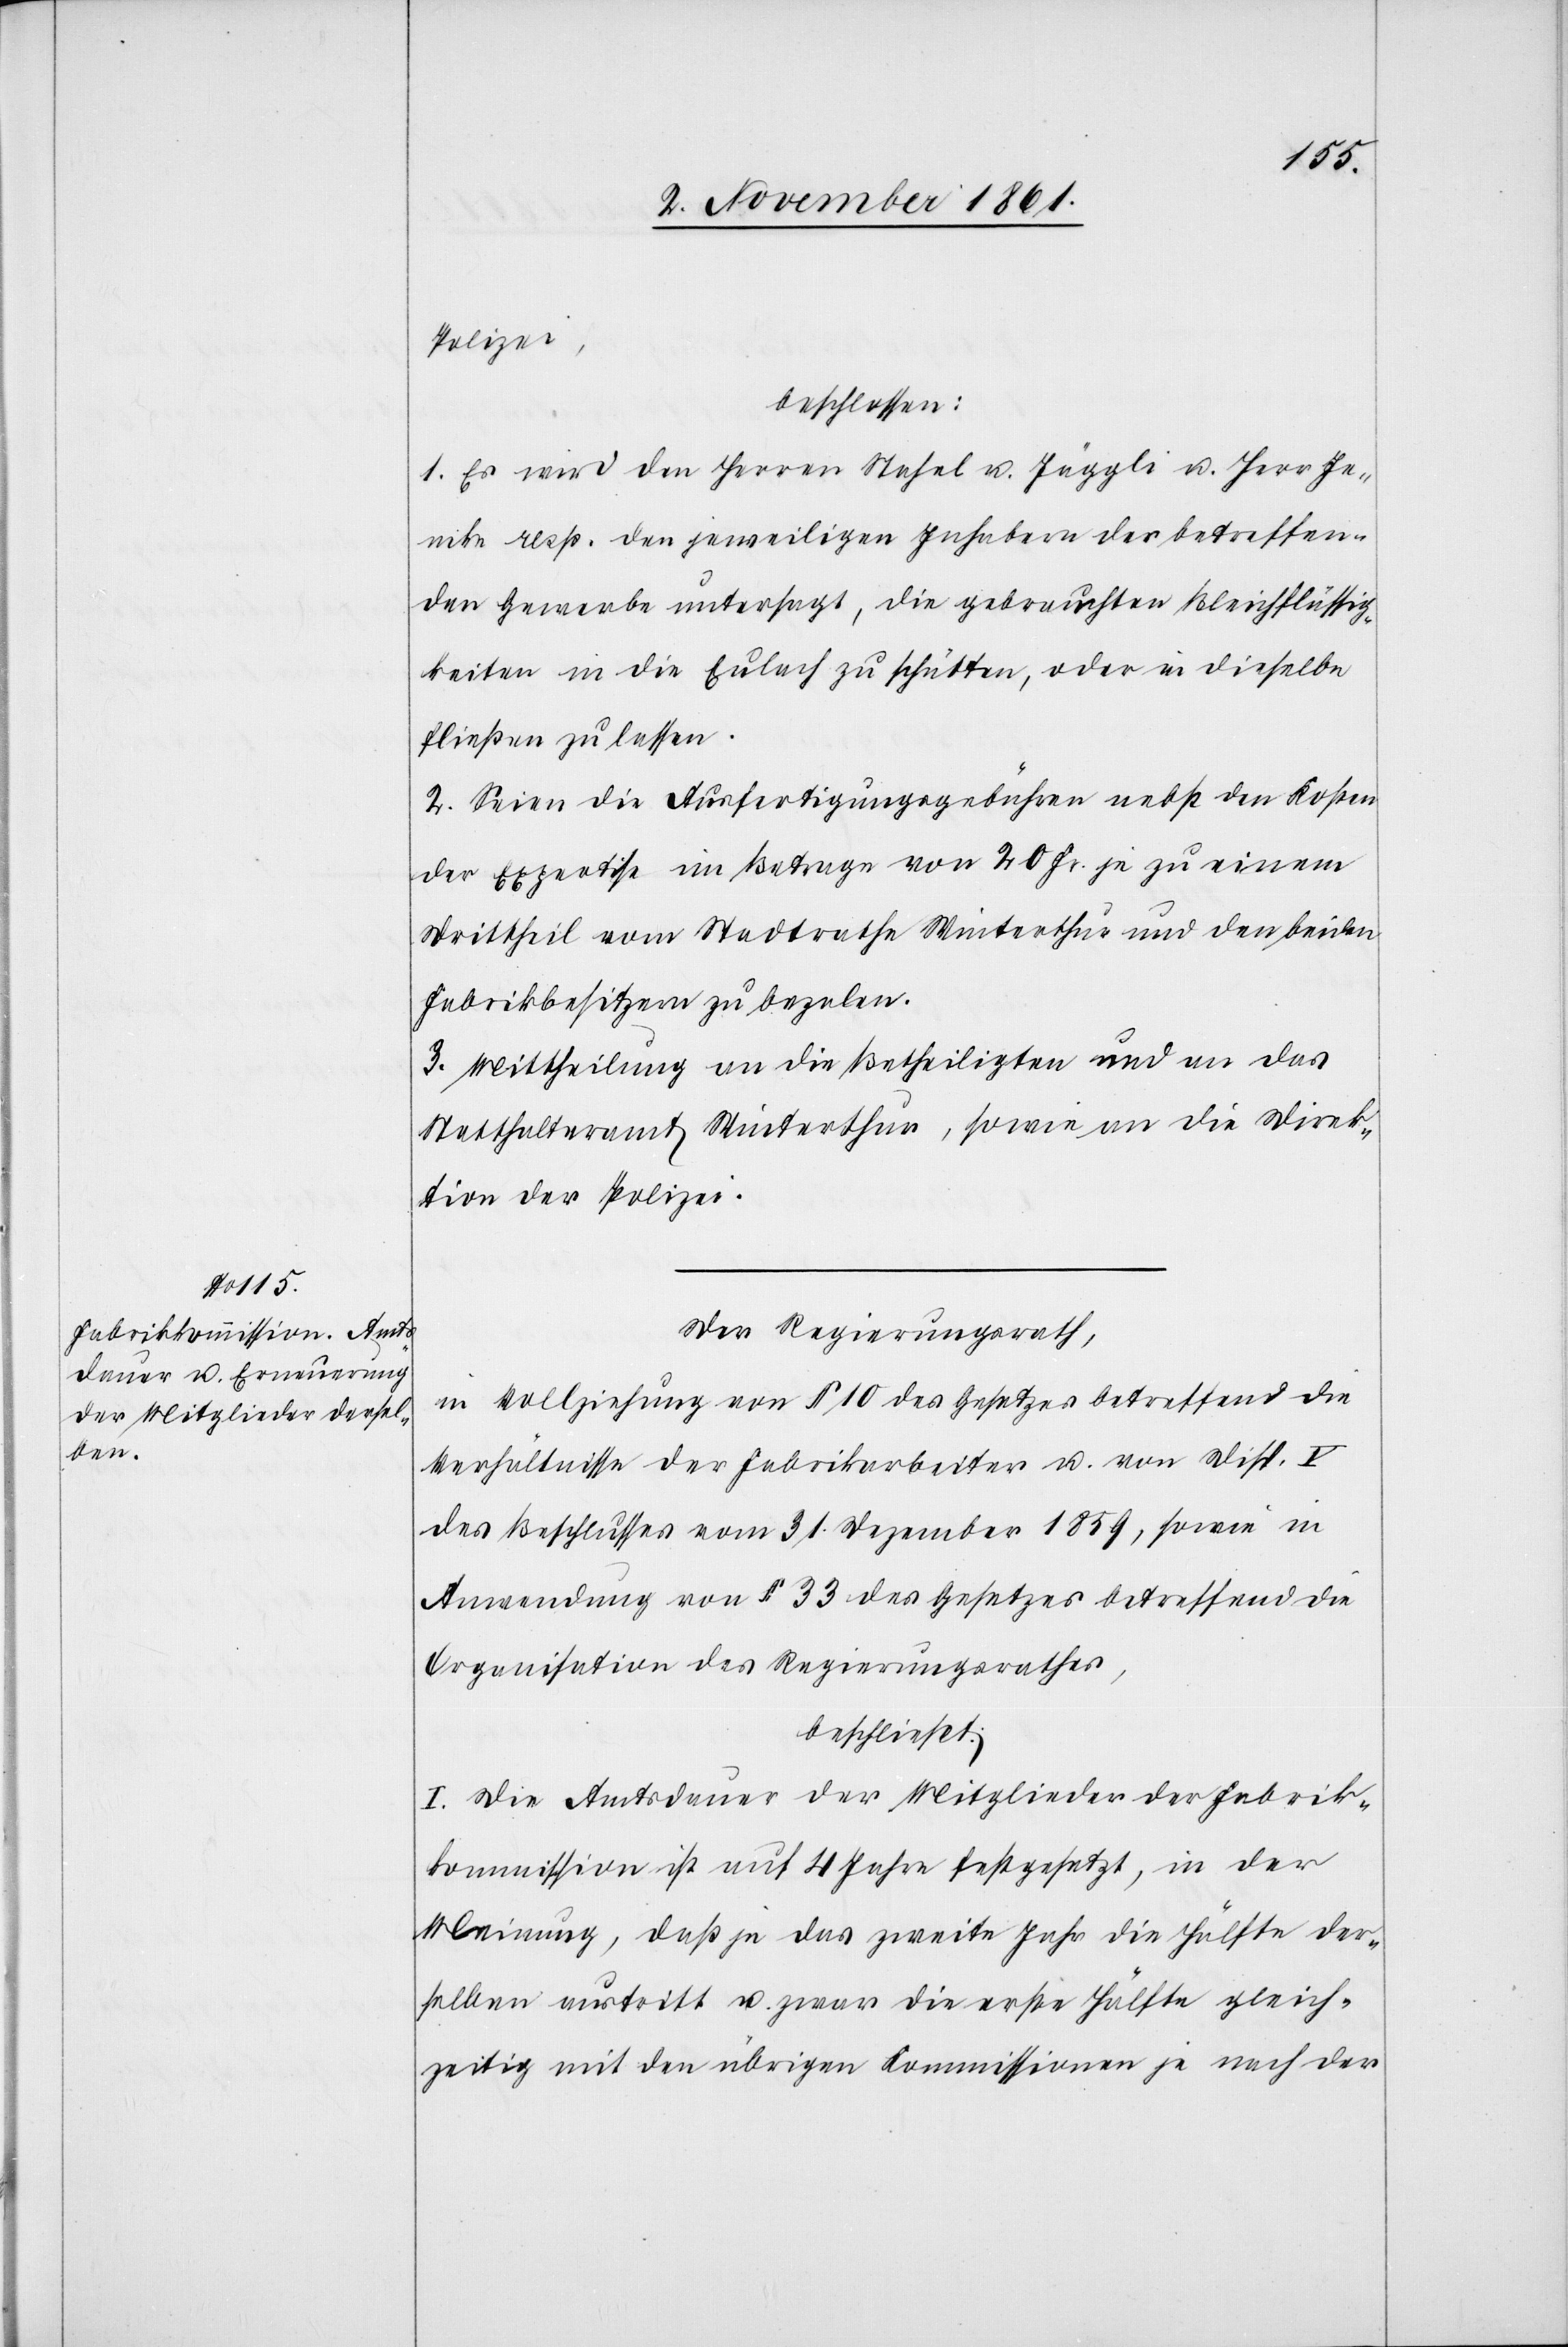
Polizei,
beschlossen:
1. Es wird dem Herrn Stahel u. Jäggli u. Herr Je¬
nike resp. den jeweiligen Inhabern der betreffen¬
den Gewerbe untersagt, die gebrauchten Bleichflüssig¬
keiten in die Eulach zu schütten, oder in dieselbe
fließen zu lassen.
2. Seien die Ausfertigungsgebühren nebst den Kosten
der Expertise im Betrage von 20 Fr. je zu einem
Drittheil vom Stadtrathe Winterthur und den beiden
Fabrikbesitzern zu bezalen.
3. Mittheilung an die Betheiligten und an das
Statthalteramt Winterthur, sowie an die Direk¬
tion der Polizei.
Der Regierungsrath,
in Vollziehung von § 10 des Gesetzes betreffend die
Verhältnisse der Fabrikarbeiter u. vom Disp. V
des Beschlusses vom 31 Dezember 1859, sowie in
Anwendung von § 33 des Gesetzes betreffend die
Organisation des Regierungsrathes,
beschließt:
I. Die Amtsdauer der Mitglieder der Fabrik¬
kommission ist auf 4 Jahre festgesetzt, in der
Meinung, daß je das zweite Jahr die Hälfte der¬
selben austritt u. Zwar die erste Hälfte gleich¬
zeitig mit den übrigen Kommissionen je nach der